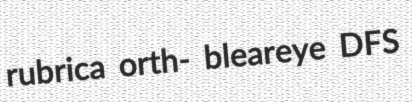
rubrica orth- bleareye DFS